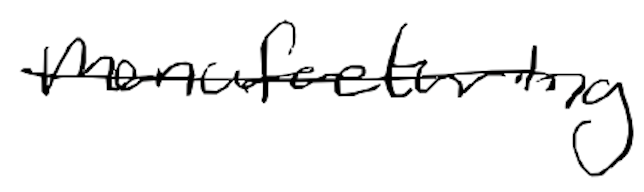
Text: manufacturing
Cross-out: single-line
Writing tool: digital_black